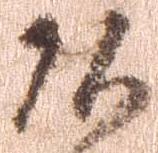
頭